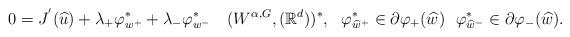
LaTeX: \begin{align*}0=J^{'}(\widehat{u})+\lambda_+ \varphi_{w^+}^*+\lambda_- \varphi_{w^-}^*\ \ \ (W^{\alpha,G},(\mathbb{R}^d))^*,\ \ \varphi^*_{\widehat{w}^+}\in \partial\varphi_+(\widehat{w})\ \ \varphi^*_{\widehat{w}^-}\in \partial\varphi_-(\widehat{w}).\end{align*}